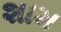
શામ